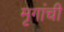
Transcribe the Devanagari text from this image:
मृगांची